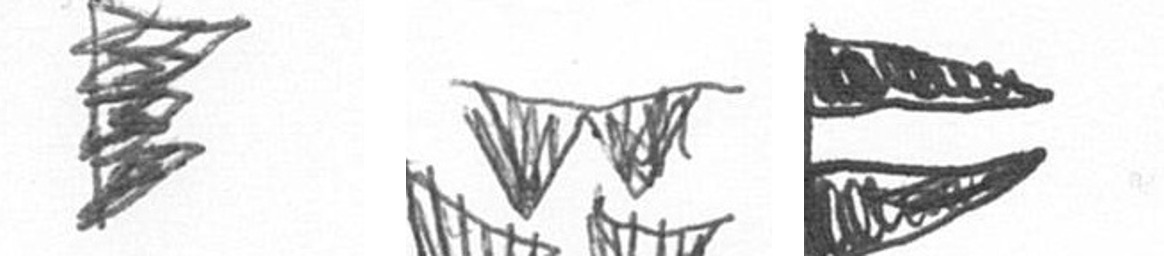
H B P